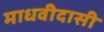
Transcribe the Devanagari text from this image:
माधवीदासी